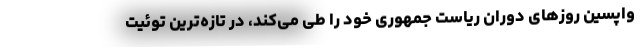
واپسین روزهای دوران ریاست جمهوری خود را طی می‌کند، در تازه‌ترین توئیت